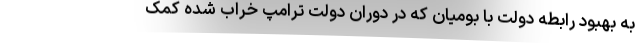
به بهبود رابطه دولت با بومیان که در دوران دولت ترامپ خراب شده کمک